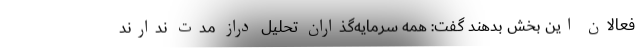
فعالان این بخش بدهند گفت: همه سرمایه‌گذاران تحلیل دراز مدت ندارند